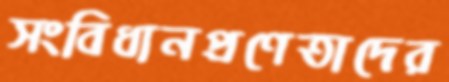
সংবিধানপ্রণেতাদের